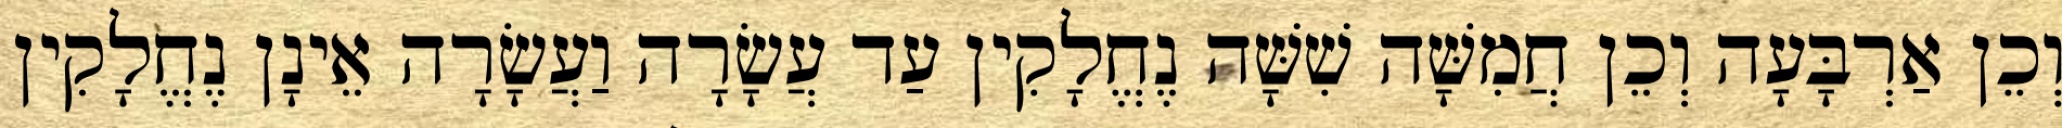
וְכֵן אַרְבָּעָה וְכֵן חֲמִשָּׁה שִׁשָּׁה נֶחֱלָקִין עַד עֲשָׂרָה וַעֲשָׂרָה אֵינָן נֶחֱלָקִין